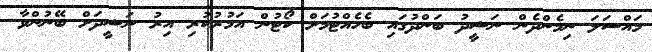
މައްސަލަ ނިމެންދެން ނަޝީދު ބަންދުގައި ބެހެއްޓުމަށް ކޯޓުން އަމުރުކުރި އިރު ނަޝީދަށް ބޭނުންވާ